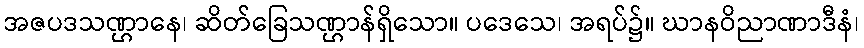
အဇပဒသဏ္ဌာနေ၊ ဆိတ်ခြေသဏ္ဌာန်ရှိသော။ ပဒေသေ၊ အရပ်၌။ ဃာနဝိညာဏာဒီနံ၊